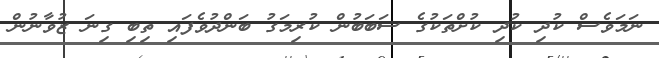
ނަމަވެސް ކުދި ކުދި ކުށްތަކުގެ ސަބަބުން ކުރިމަގު ބަންދުވެފައި ތިބި ގިނަ ޒުވާނުން